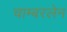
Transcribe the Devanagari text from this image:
चाम्बरलेन